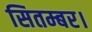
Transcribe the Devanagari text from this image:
सितम्बर।